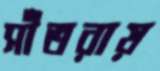
সাঁতরায়